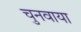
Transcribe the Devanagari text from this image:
चुनवाया